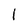
Character: 1